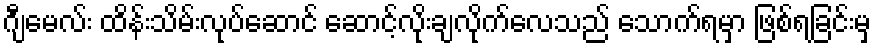
ဂျီမေလ်း ထိန်းသိမ်းလုပ်ဆောင် ဆောင့်လိုးချလိုက်လေသည် သောက်ရမှာ ဖြစ်ရခြင်းမှ